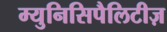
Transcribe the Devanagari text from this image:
म्युनिसिपैलिटीज़